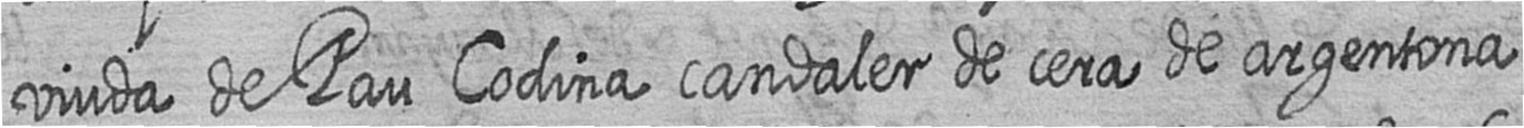
viuda de Pau Codina candaler de cera de argentona